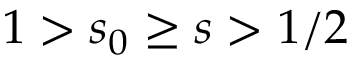
1 > s _ { 0 } \geq s > 1 / 2